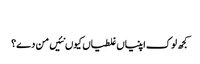
‏
کجھ لوک اپنیاں غلطیاں کیوں نئیں من دے؟